65_HS1-834228961_62-HQ-83894_Section_9
Agency: FBI
Page 189
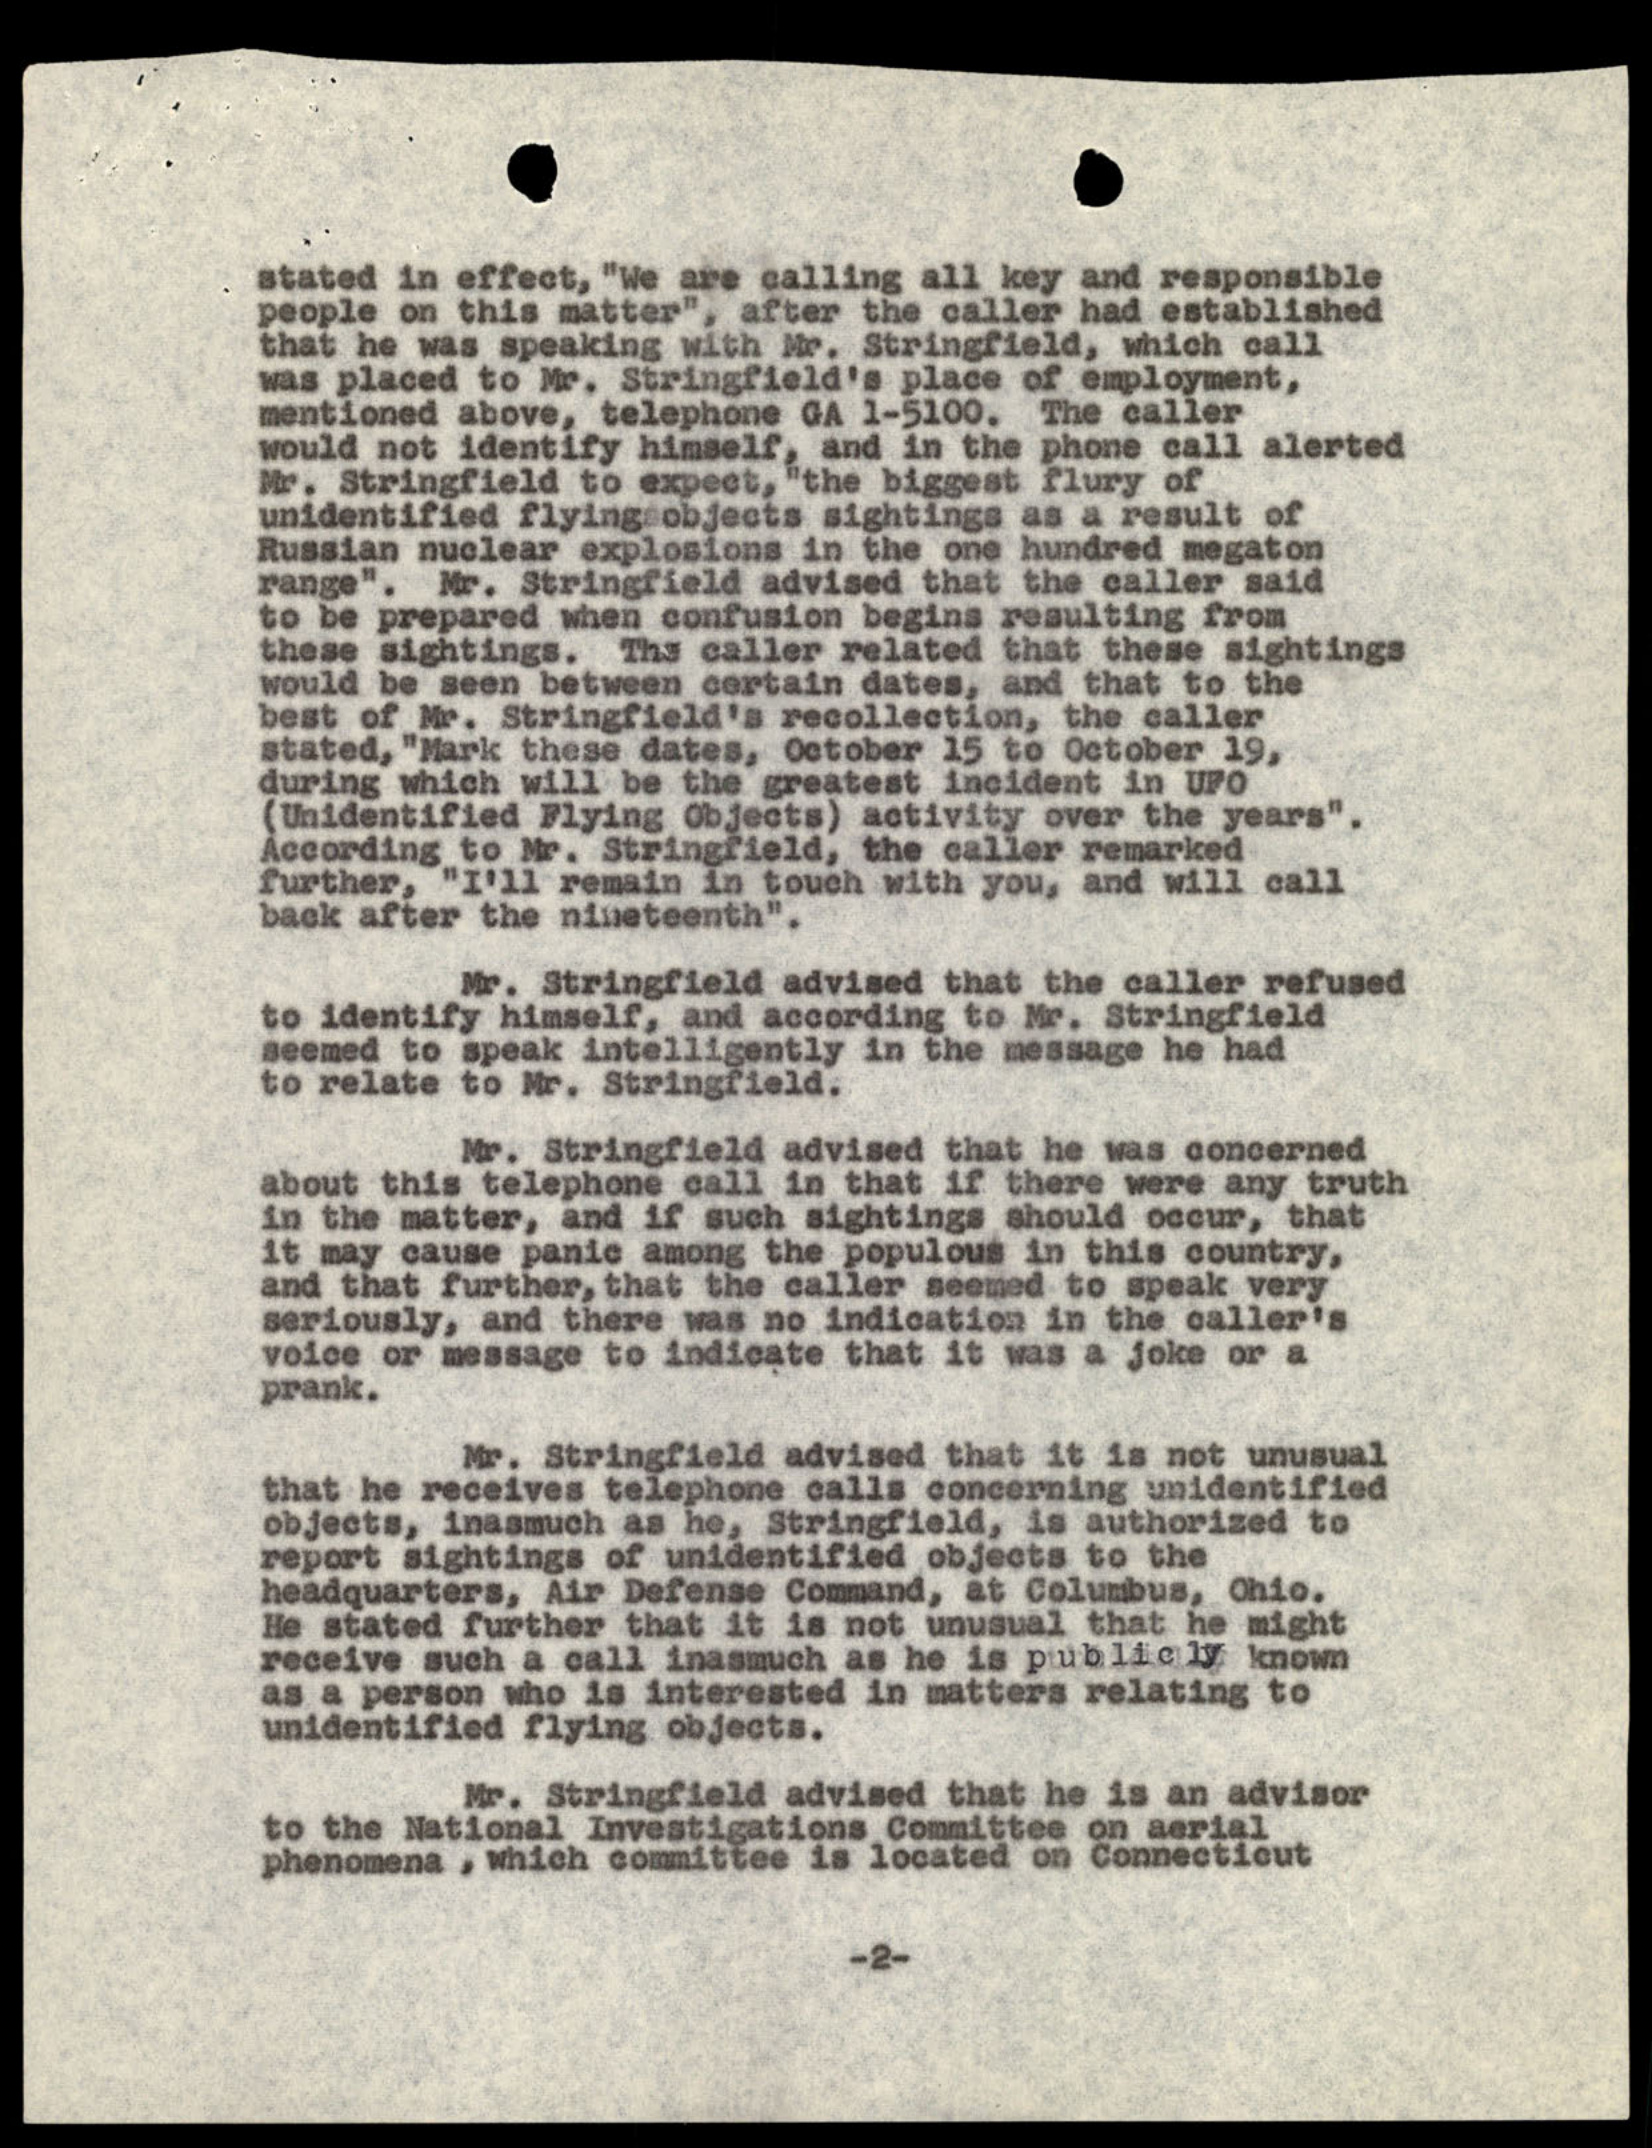